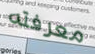
معرفته